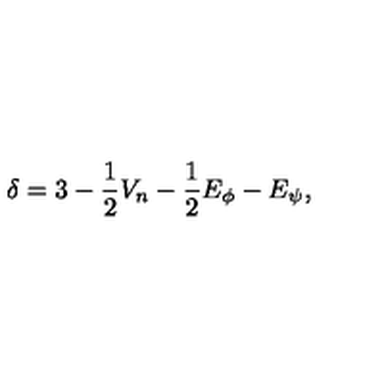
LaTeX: \delta = 3 - \frac { 1 } { 2 } V _ { n } - \frac { 1 } { 2 } E _ { \phi } - E _ { \psi } ,